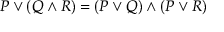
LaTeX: P \lor ( Q \land R ) = ( P \lor Q ) \land ( P \lor R )